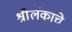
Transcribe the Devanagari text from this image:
श्रीलंकाचे